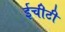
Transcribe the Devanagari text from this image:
ईचीटी